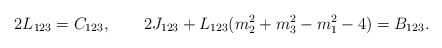
\begin{align*}2L_{123}=C_{123},\qquad2J_{123}+L_{123}(m_2^2+m_3^2-m_1^2-4)=B_{123}.\end{align*}